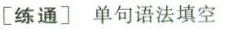
[练通]单句语法填空